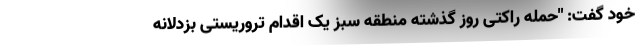
خود گفت: "حمله راکتی روز گذشته منطقه سبز یک اقدام تروریستی بزدلانه